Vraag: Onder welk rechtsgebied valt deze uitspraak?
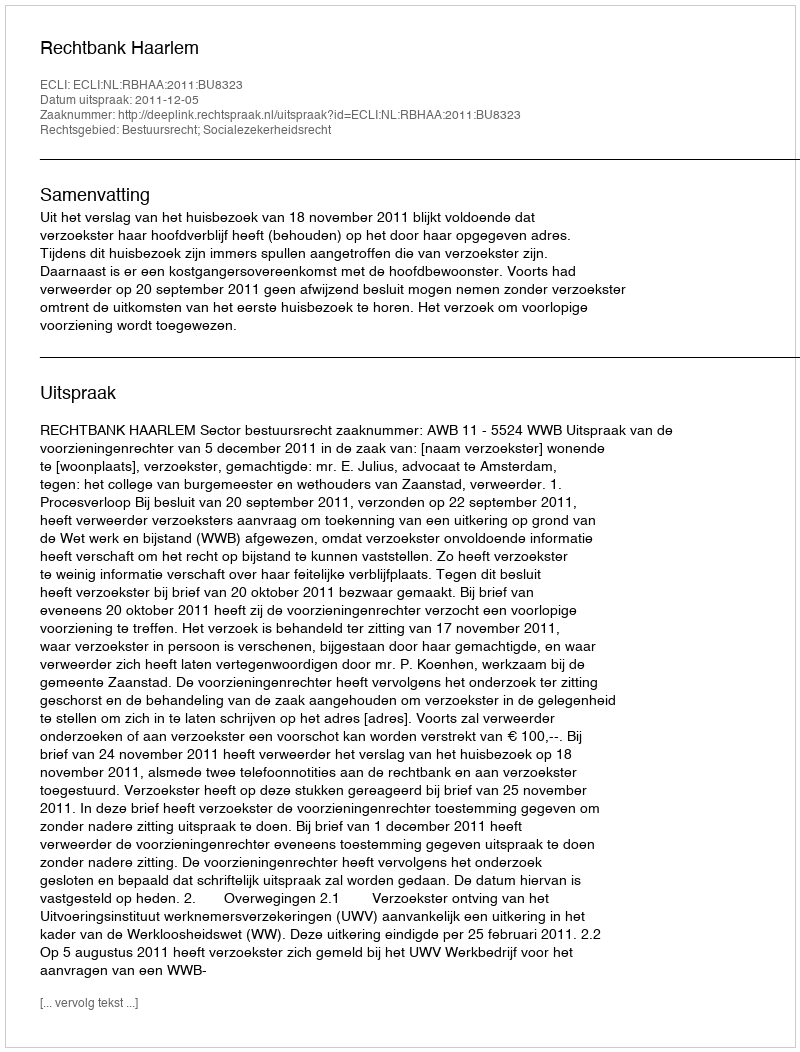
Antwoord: Bestuursrecht; Socialezekerheidsrecht